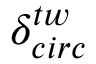
\delta _ { c i r c } ^ { t w }